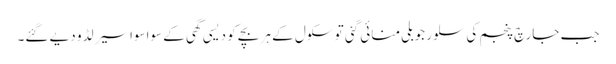
جب جارچ پنجم کی سلور جوبلی منائی گئی تو سکول کے ہر بچے کو دیسی گھی کے سواسواسیر لڈو دیے گئے۔